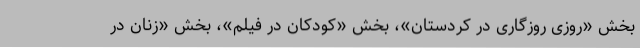
بخش «روزی روزگاری در کُردستان»، بخش «کودکان در فیلم»، بخش «زنان در